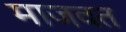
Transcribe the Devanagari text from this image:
माजवत